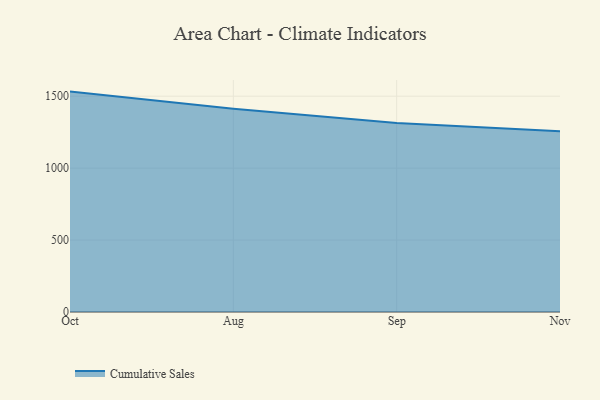
{"axis": {"x": "Month", "y": "Backlog"}, "legend": ["Cumulative Sales"], "data": [{"x": "Oct", "y": 1531.9, "type": "Cumulative Sales"}, {"x": "Aug", "y": 1412.0, "type": "Cumulative Sales"}, {"x": "Sep", "y": 1312.8, "type": "Cumulative Sales"}, {"x": "Nov", "y": 1256.1, "type": "Cumulative Sales"}]}